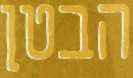
הבטן